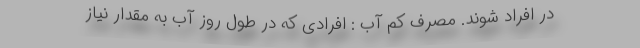
در افراد شوند. مصرف کم آب : افرادی که در طول روز آب به مقدار نیاز